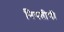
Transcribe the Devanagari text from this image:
नियतीची